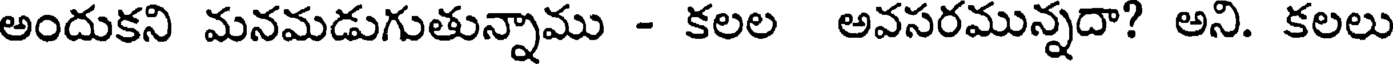
అందుకని మనమడుగుతున్నాము - కలల అవసరమున్నదా? అని. కలలు